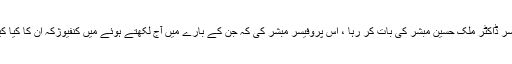
یہاں پہلے تو یہ بتادوں کہ میں پروفیسر ڈاکٹر ملک حسین مبشر کی بات کر رہا ، اُس پروفیسر مبشر کی کہ جن کے بارے میں آج لکھتے ہوئے میں کنفیوژکہ ان کا کیا کیا بتاؤ ں اور کیا کیا چھپاؤں ، دوستو!